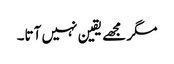
مگر مجھے یقین نہیں آتا۔